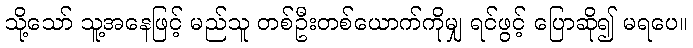
သို့သော် သူ့အနေဖြင့် မည်သူ တစ်ဦးတစ်ယောက်ကိုမျှ ရင်ဖွင့် ပြောဆို၍ မရပေ။